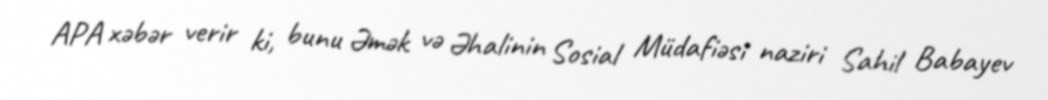
APA xəbər verir ki, bunu Əmək və Əhalinin Sosial Müdafiəsi naziri Sahil Babayev